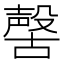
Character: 𣫊